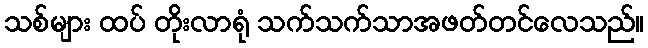
သစ်များ ထပ် တိုးလာရုံ သက်သက်သာအဖတ်တင်လေသည်။